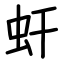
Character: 虷